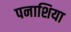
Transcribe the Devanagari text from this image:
पनाशिया